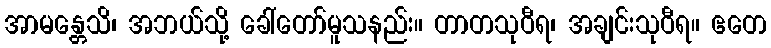
အာမန္တေသိ၊ အဘယ်သို့ ခေါ်တော်မူသနည်း။ တာတသုဝီရ၊ အချင်းသုဝီရ။ ဧတေ